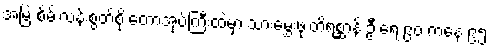
အမြဲ စိမ်းလန်းစွတ်စို တောအုပ်ကြီးထဲမှာ သားမွှေးဖုံးတိရစ္ဆာန် ဦးရေ ၉၀ ကနေ ၉၅